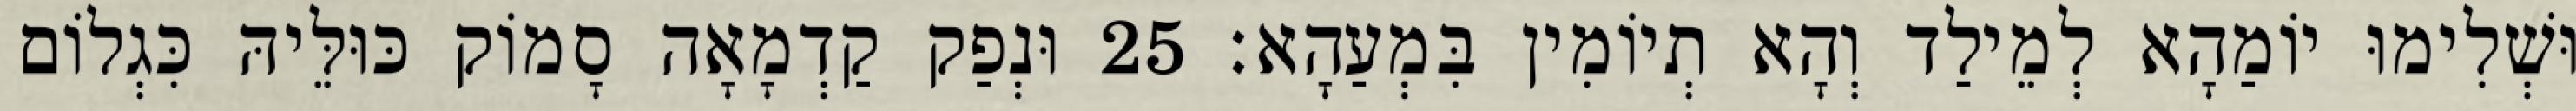
וּשְׁלִימוּ יוֹמַהָא לְמֵילַד וְהָא תְיוֹמִין בִּמְעַהָא׃ 25 וּנְפַק קַדְמָאָה סָמוֹק כּוּלֵּיהּ כִּגְלוֹם